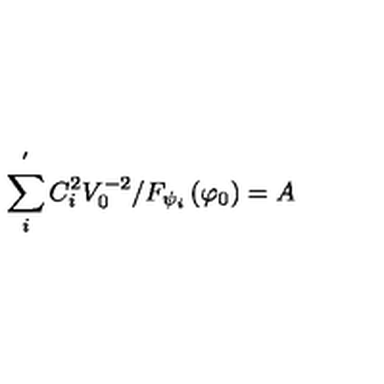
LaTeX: \sum _ { i } ^ { ^ { \prime } } C _ { i } ^ { 2 } V _ { 0 } ^ { - 2 } / F _ { \psi _ { i } } \left( \varphi _ { 0 } \right) = A